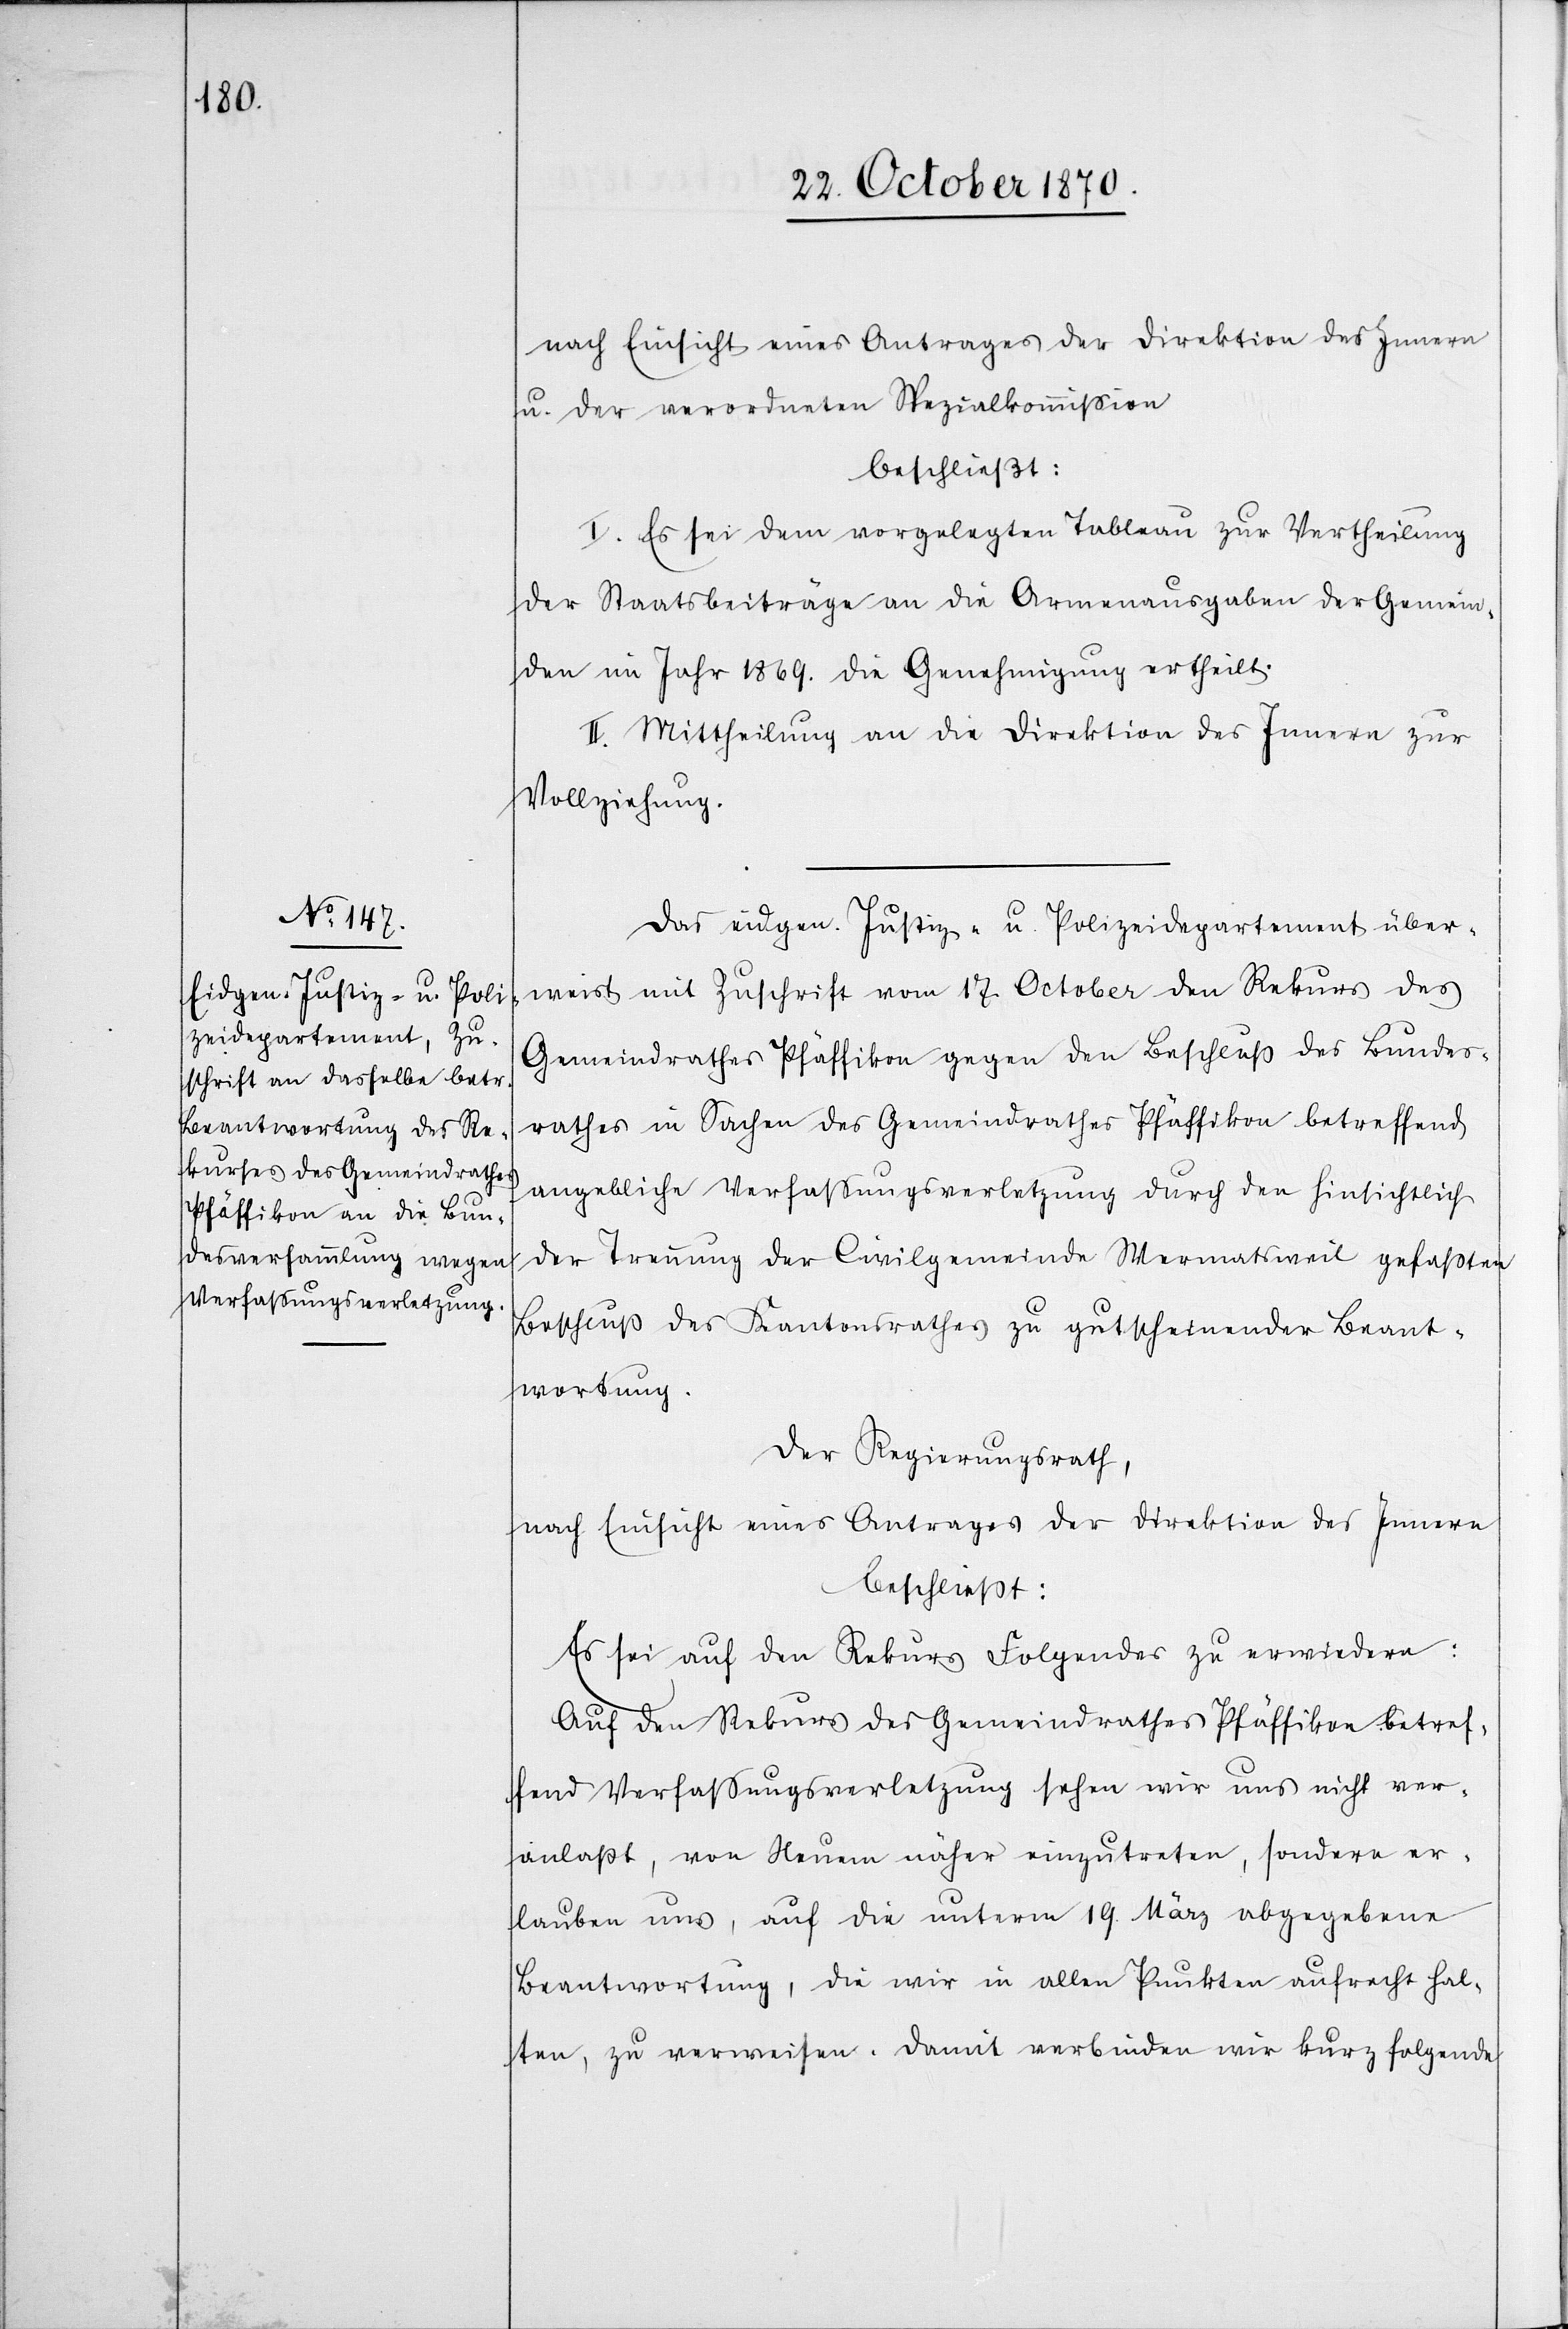
nach Einsicht eines Antrages der Direktion des Innern
u. der verordneten Spezialkommißion
beschließt:
I. Es sei dem vorgelegten Tableau zur Vertheilung
der Staatsbeiträge an die Armenausgaben der Gemein¬
den im Jahr 1869. die Genehmigung ertheilt.
II. Mittheilung an die Direktion des Innern zur
Vollziehung.
Das eidgen. Justiz- u. Polizeidepartement über¬
weist mit Zuschrift vom 17 October den Rekurs des
Gemeindrathes Pfäffikon gegen den Beschluß des Bundes¬
rathes in Sachen des Gemeindrathes Pfäffikon betreffend
angebliche Verfaßungsverletzung durch den hinsichtlich
der Trennung der Civilgemeinde Wermatsweil gefaßten
Beschluß des Kantonsrathes zu gutscheinender Beant¬
wortung.
Der Regierungsrath,
nach Einsicht eines Antrages der Direktion des Innern
beschließt:
Es sei auf den Rekurs Folgendes zu erwiedern:
Auf den Rekurs des Gemeindrathes Pfäffikon betref¬
fend Verfaßungsverletzung sehen wir uns nicht ver¬
anlaßt, von Neuem näher einzutreten, sondern er¬
lauben uns, auf die unterm 19. März abgegebene
Beantwortung, die wir in allen Punkten aufrecht hal¬
ten, zu verweisen. Damit verbinden wir kurz folgende